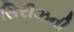
સિરીઝની